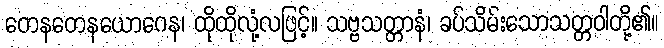
တေနတေနယောဂေန၊ ထိုထိုလုံ့လဖြင့်။ သဗ္ဗသတ္တာနံ၊ ခပ်သိမ်းသောသတ္တဝါတို့၏။